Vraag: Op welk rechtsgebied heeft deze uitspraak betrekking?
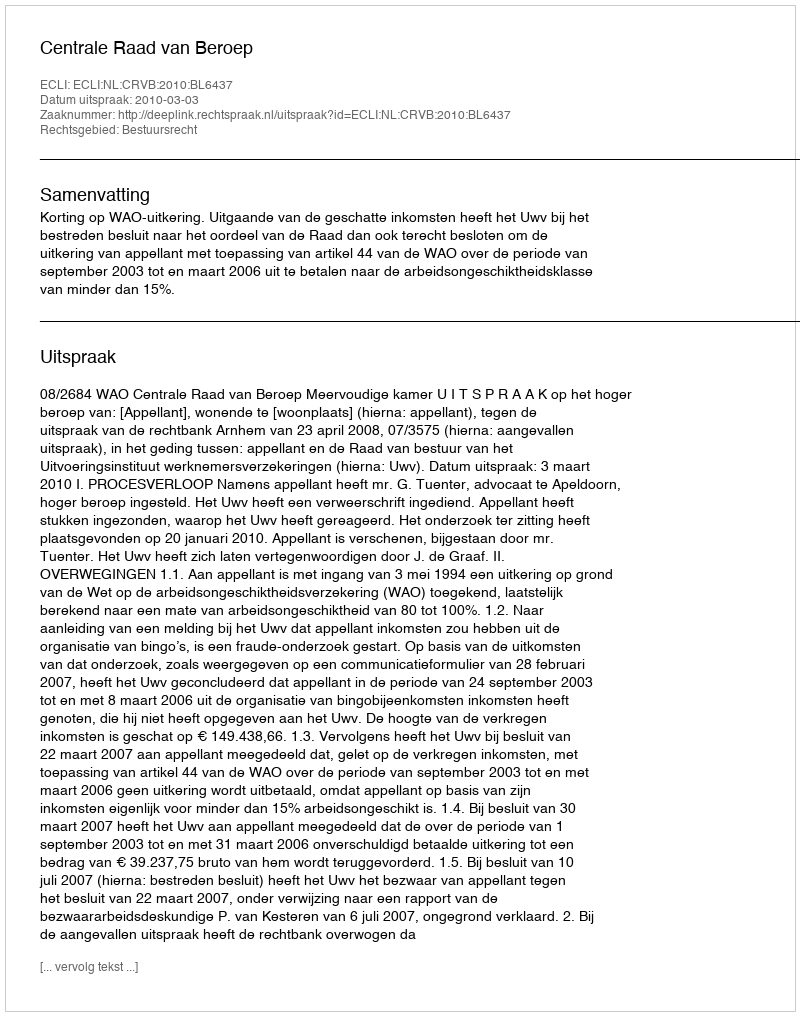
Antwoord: Bestuursrecht